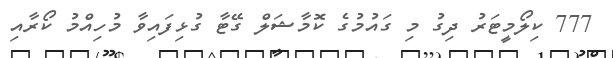
777 ކިލޯމީޓަރު ދިގު މި ގައުމުގެ ކޮމާޝަލް ގޭޓާ ގުޅިފައިވާ މުހިއްމު ކޯރާއި